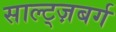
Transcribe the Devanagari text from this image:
साल्ट्ज़बर्ग